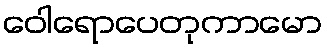
ဝေါရောပေတုကာမော